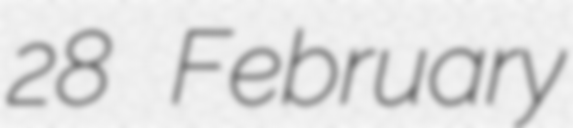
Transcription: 28 February